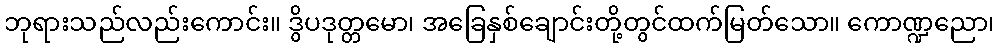
ဘုရားသည်လည်းကောင်း။ ဒွိပဒုတ္တမော၊ အခြေနှစ်ချောင်းတို့တွင်ထက်မြတ်သော။ ကောဏ္ဍညော၊